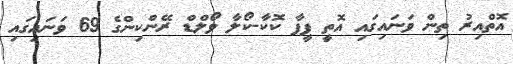
އޮތްއިރު ތިން ވަނައިގައި އޮތީ ފީފާ ކޮކާ-ކޯލާ ވޯލްޑް ރޭންކިންގެ 69 ވަނައިގައި